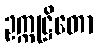
ဥက္ကုဋ္ဌိတော